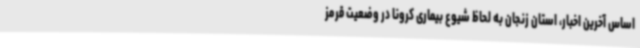
اساس آخرین اخبار، استان زنجان به لحاظ شیوع بیماری کرونا در وضعیت قرمز